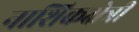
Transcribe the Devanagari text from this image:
नाशिकक्षेत्री